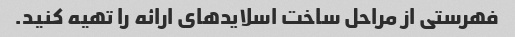
فهرستی از مراحل ساخت اسلایدهای ارائه را تهیه کنید.